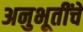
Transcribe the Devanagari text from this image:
अनुभूतींचे